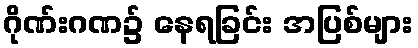
ဂိုဏ်းဂဏ၌ နေရခြင်း အပြစ်များ